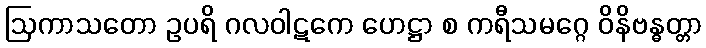
ဩကာသတော ဥပရိ ဂလဝါဋကေ ဟေဋ္ဌာ စ ကရီသမဂ္ဂေ ဝိနိဗန္ဓတ္တာ